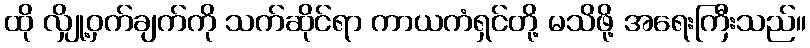
ထို လျှို့ဝှက်ချက်ကို သက်ဆိုင်ရာ ကာယကံရှင်တို့ မသိဖို့ အရေးကြီးသည်။